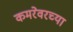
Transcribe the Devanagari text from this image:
कमरेवरच्या